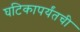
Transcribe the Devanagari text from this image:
घटिकापर्यंतची